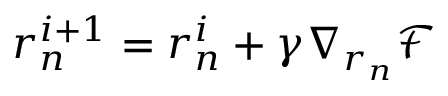
\boldsymbol { r } _ { n } ^ { i + 1 } = \boldsymbol { r } _ { n } ^ { i } + \gamma \nabla _ { \boldsymbol { r } _ { n } } \mathcal { F }